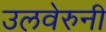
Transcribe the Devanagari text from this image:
उलवेरुनी